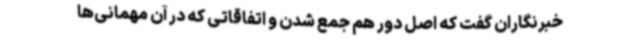
خبرنگاران گفت که اصل دور هم جمع شدن و اتفاقاتی که در آن مهمانی‌ها